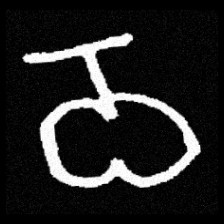
Pyu character \u2014 Myanmar letter: ဝ (romanized: wa)